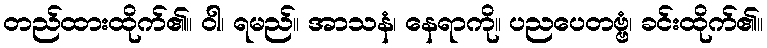
တည်ထားထိုက်၏။ ဝါ၊ ရမည်။ အာသနံ၊ နေရာကို။ ပညပေတဗ္ဗံ၊ ခင်းထိုက်၏။